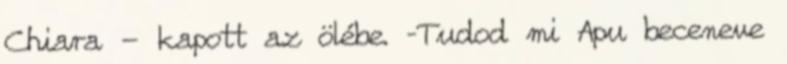
Chiara - kapott az ölébe. –Tudod mi Apu beceneve